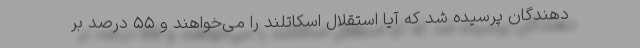
دهندگان پرسیده شد که آیا استقلال اسکاتلند را می‌خواهند و ۵۵ درصد بر